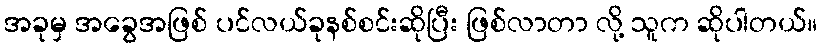
အခုမှ အခွေအဖြစ် ပင်လယ်ခုနစ်စင်းဆိုပြီး ဖြစ်လာတာ လို့ သူက ဆိုပါတယ်။